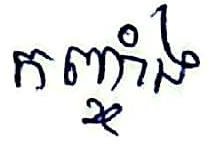
កញ្ចាំង